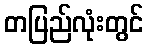
တပြည်လုံးတွင်